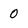
Character: 0